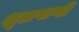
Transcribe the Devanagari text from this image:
शूळपाणी